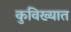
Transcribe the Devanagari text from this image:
कुविख्यात